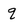
Character: q